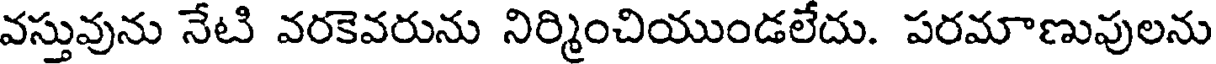
వస్తువును నేటి వరకెవరును నిర్మించియుండలేదు. పరమాణుపులను